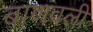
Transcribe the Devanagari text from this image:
बाणवली